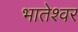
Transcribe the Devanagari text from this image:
भातेश्वर